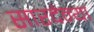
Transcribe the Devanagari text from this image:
सारदेन्या